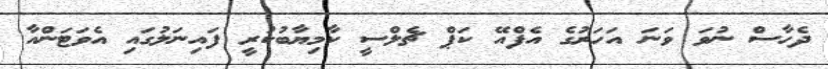
ދެހާސް ނުވަ ވަނަ އަހަރުގެ އެފްއޭ ކަޕް ޗެލްސީ ކާމިޔާބުކުރީ ފައިނަލުގައި އެވަޓަންއާ